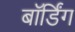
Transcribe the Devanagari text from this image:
बॉर्डिंग